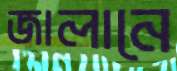
জালানে